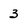
Character: 3